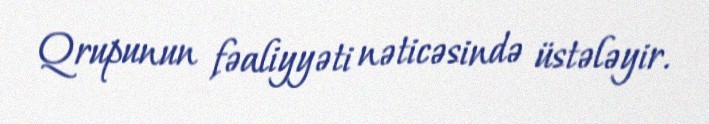
Qrupunun fəaliyyəti nəticəsində üstələyir.